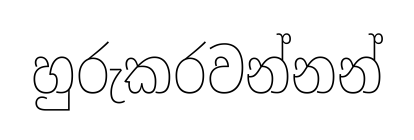
හුරුකරවන්නන්